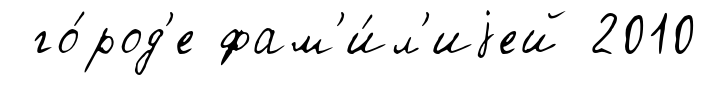
го́род'е фам'и́л'иjей 2010